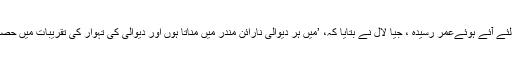
پوجا کے لئے آئے ہوئےعمر رسیدہ ، جیا لال نے بتایا کہ، ’میں ہر دیوالی نارائن مندر میں مناتا ہوں اور دیوالی کی تہوار کی تقریبات میں حصہ لیتا ہوں۔